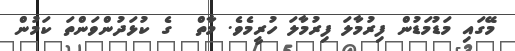
މޭގައި މަޑުމަޑުން ފިރުމާލަ ފިރުމާލަ ހުރީމެވެ. މާތް  ގެ ކުޅަދުންވަންތަ ކަމުން